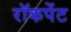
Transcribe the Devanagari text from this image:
रॉकपेंट